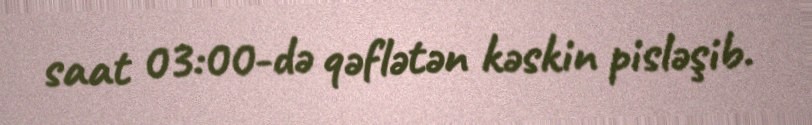
saat 03:00-də qəflətən kəskin pisləşib.